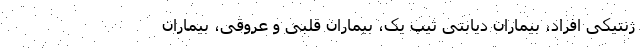
ژنتیکی افراد، بیماران دیابتی تیپ یک، بیماران قلبی و عروقی، بیماران